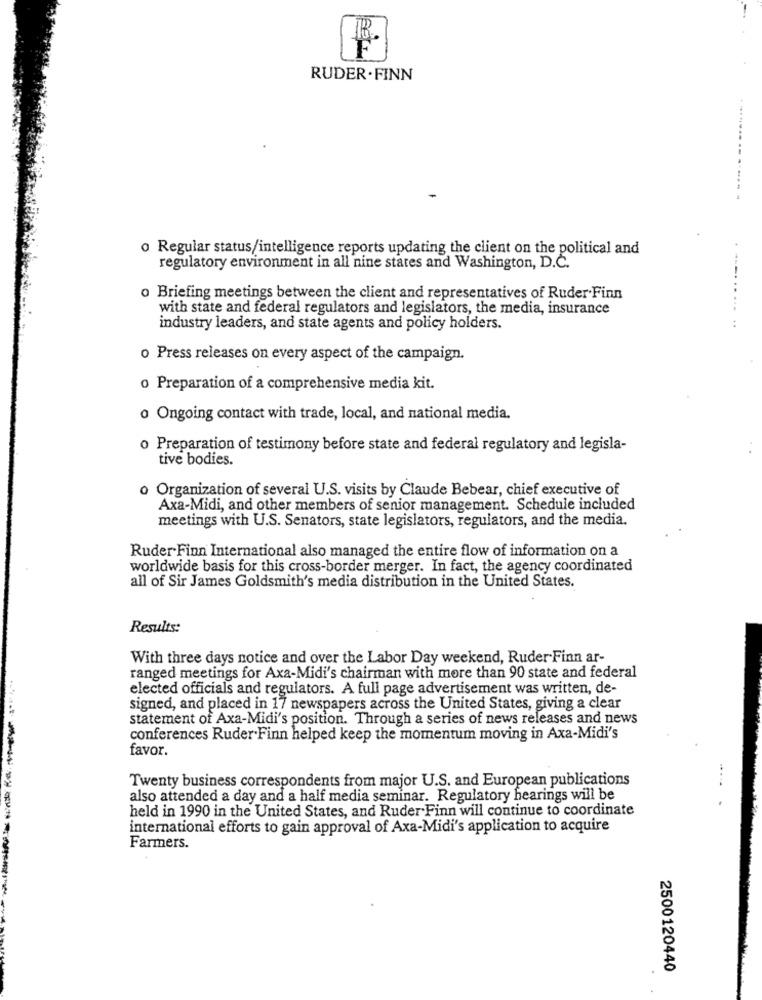
RUDER .FINN
o Regular status/intelligence reports updating the client on the political and
regulatory environment in all nine states and Washington, D.C.
o Briefing meetings between the client and representatives of Ruder Finn
with state and federal regulators and legislators, the media, insurance
industry leaders, and state agents and policy holders.
o Press releases on every aspect of the campaign.
o Preparation of a comprehensive media kit.
o Ongoing contact with trade, local, and national media.
o Preparation of testimony before state and federal regulatory and legisla-
tive bodies.
o Organization of several U.S. visits by Claude Bebear, chief executive of
Axa-Midi, and other members of senior management. Schedule included
meetings with U.S. Senators, state legislators, regulators, and the media.
Ruder Finn International also managed the entire flow of information on a
worldwide basis for this cross-border merger. In fact, the agency coordinated
all of Sir James Goldsmith's media distribution in the United States.
Results:
With three days notice and over the Labor Day weekend, Ruder Finn ar-
ranged meetings for Axa-Midi's chairman with more than 90 state and federal
elected officials and regulators. A full page advertisement was written, de-
signed, and placed in 17 newspapers across the United States, giving a clear
statement of Axa-Midi's position. Through a series of news releases and news
conferences Ruder Finn helped keep the momentum moving in Axa-Midi's
favor.
Twenty business correspondents from major U.S. and European publications
.....
also attended a day and a half media seminar. Regulatory hearings will be
held in 1990 in the United States, and Ruder Finn will continue to coordinate
international efforts to gain approval of Axa-Midi's application to acquire
Farmers.
2500120440